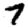
Digit: 7